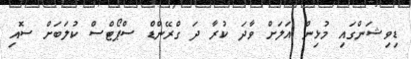
ޑިވިޝަންގައި މުޅިން އަލަށް ވާދަ ކުރާ ދަ ގްރޭންޑް ސްޕޯޓްސް ކުލަބަށް ސޮއި